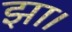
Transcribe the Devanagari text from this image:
झा।